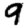
Digit: 9